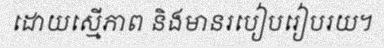
ដោយស្មើភាព និងមានរបៀបរៀបរយ។